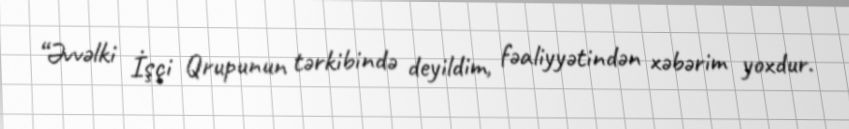
“Əvvəlki İşçi Qrupunun tərkibində deyildim, fəaliyyətindən xəbərim yoxdur.